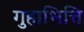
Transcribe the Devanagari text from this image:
गुहाभित्ति